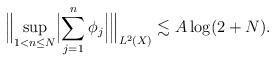
LaTeX: \begin{align*}\Bigl\lVert\sup _{1< n \leq N} \Bigl\lvert \sum_{j=1} ^{n} \phi _j\Bigr\rvert\Bigr\rVert _{L ^2 (X)} \lesssim A \log(2+ N) . \end{align*}